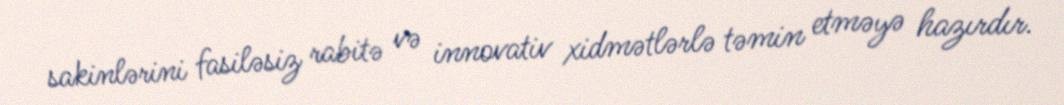
sakinlərini fasiləsiz rabitə və innovativ xidmətlərlə təmin etməyə hazırdır.